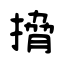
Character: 搚